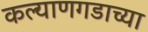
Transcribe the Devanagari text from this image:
कल्याणगडाच्या